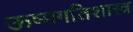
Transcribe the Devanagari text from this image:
ऊष्मगतिशास्त्र